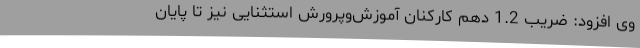
وی افزود: ضریب 1.2 دهم کارکنان آموزش‌وپرورش استثنایی نیز تا پایان